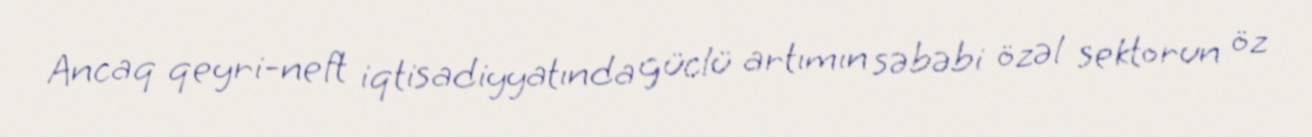
Ancaq qeyri-neft iqtisadiyyatında güclü artımın səbəbi özəl sektorun öz